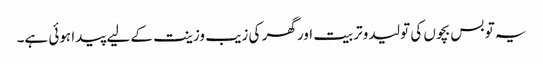
یہ تو بس بچوں کی تولید وتربیت اور گھر کی زیب وزینت کے لیے پیدا ہوئی ہے۔